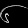
Digit: ၆